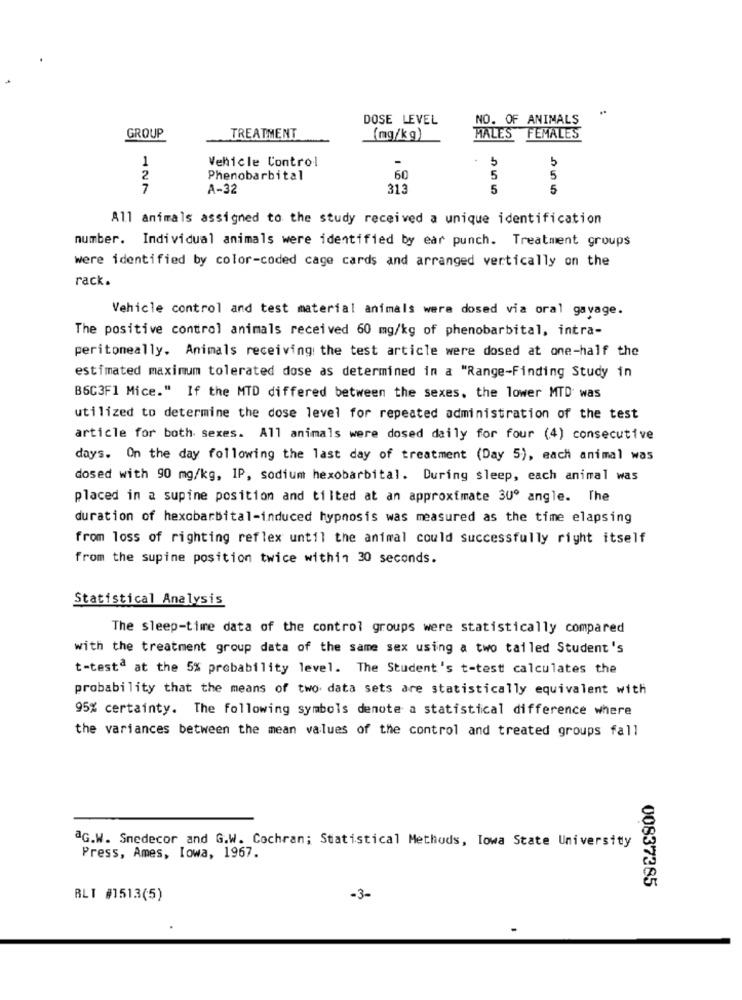
DOSE LEVEL
NO. OF ANIMALS
GROUP
TREATMENT
(mg/kg)
MALE'S
FEMALES
1
Vehicle Control
5
5
2
Phenobarbital
60
5
5
7
A-32
313
5
5
All animals assigned to the study received a unique identification
number. Individual animals were identified by ear punch. Treatment groups
were identified by color-coded cage cards and arranged vertically on the
rack.
Vehicle control and test material animals were dosed via oral gavage.
The positive control animals received 60 mg/kg of phenobarbital, intra-
peritoneally, Animals receiving the test article were dosed at one-half the
estimated maximum tolerated dose as determined in a "Range-Finding Study in
B6C3F1 Mice." If the MTD differed between the sexes. the lower MTD was
utilized to determine the dose level for repeated administration of the test
article for both sexes. All animals were dosed daily for four (4) consecutive
days. On the day following the last day of treatment (Day 5), each animal was
dosed with 90 mg/kg, IP, sodium hexobarbital. During sleep, each animal was
placed in a supine position and tilted at an approximate 30º angle. The
duration of hexobarbital-induced hypnosis was measured as the time elapsing
from loss of righting reflex until the animal could successfully right itself
from the supine position twice within 30 seconds.
Statistical Analysis
The sleep-time data of the control groups were statistically compared
with the treatment group data of the same sex using a two tailed Student's
t-testª at the 5% probability level. The Student's t-test calculates the
probability that the means of two data sets are statistically equivalent with
95% certainty. The following symbols denote a statistical difference where
the variances between the mean values of the control and treated groups fall
@G.W. Snedecor and G.W. Cochran; Statistical Methods, Iowa State University
Press, Ames, Iowa, 1967.
00837385
BLT #1513(5)
-3-